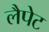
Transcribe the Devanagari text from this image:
लैपेट